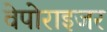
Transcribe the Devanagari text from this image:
वेपोराइजर